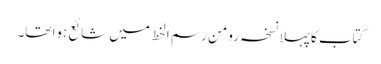
کتاب کا پہلا نسخہ رومن رسم الخط میں شائع ہوا تھا۔